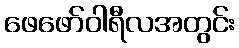
ဖေဖော်ဝါရီလအတွင်း